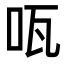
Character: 咓